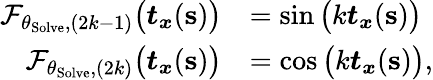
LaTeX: \begin{array}{rl}{\mathcal{F}_{\theta_{\mathrm{Solve}},(2k-1)}\big(\boldsymbol{t}_{\boldsymbol{x}}(\mathbf{s})\big)}&{=\sin\big(k\boldsymbol{t}_{\boldsymbol{x}}(\mathbf{s})\big)}\\ {\mathcal{F}_{\theta_{\mathrm{Solve}},(2k)}\big(\boldsymbol{t}_{\boldsymbol{x}}(\mathbf{s})\big)}&{=\cos\big(k\boldsymbol{t}_{\boldsymbol{x}}(\mathbf{s})\big),}\end{array}